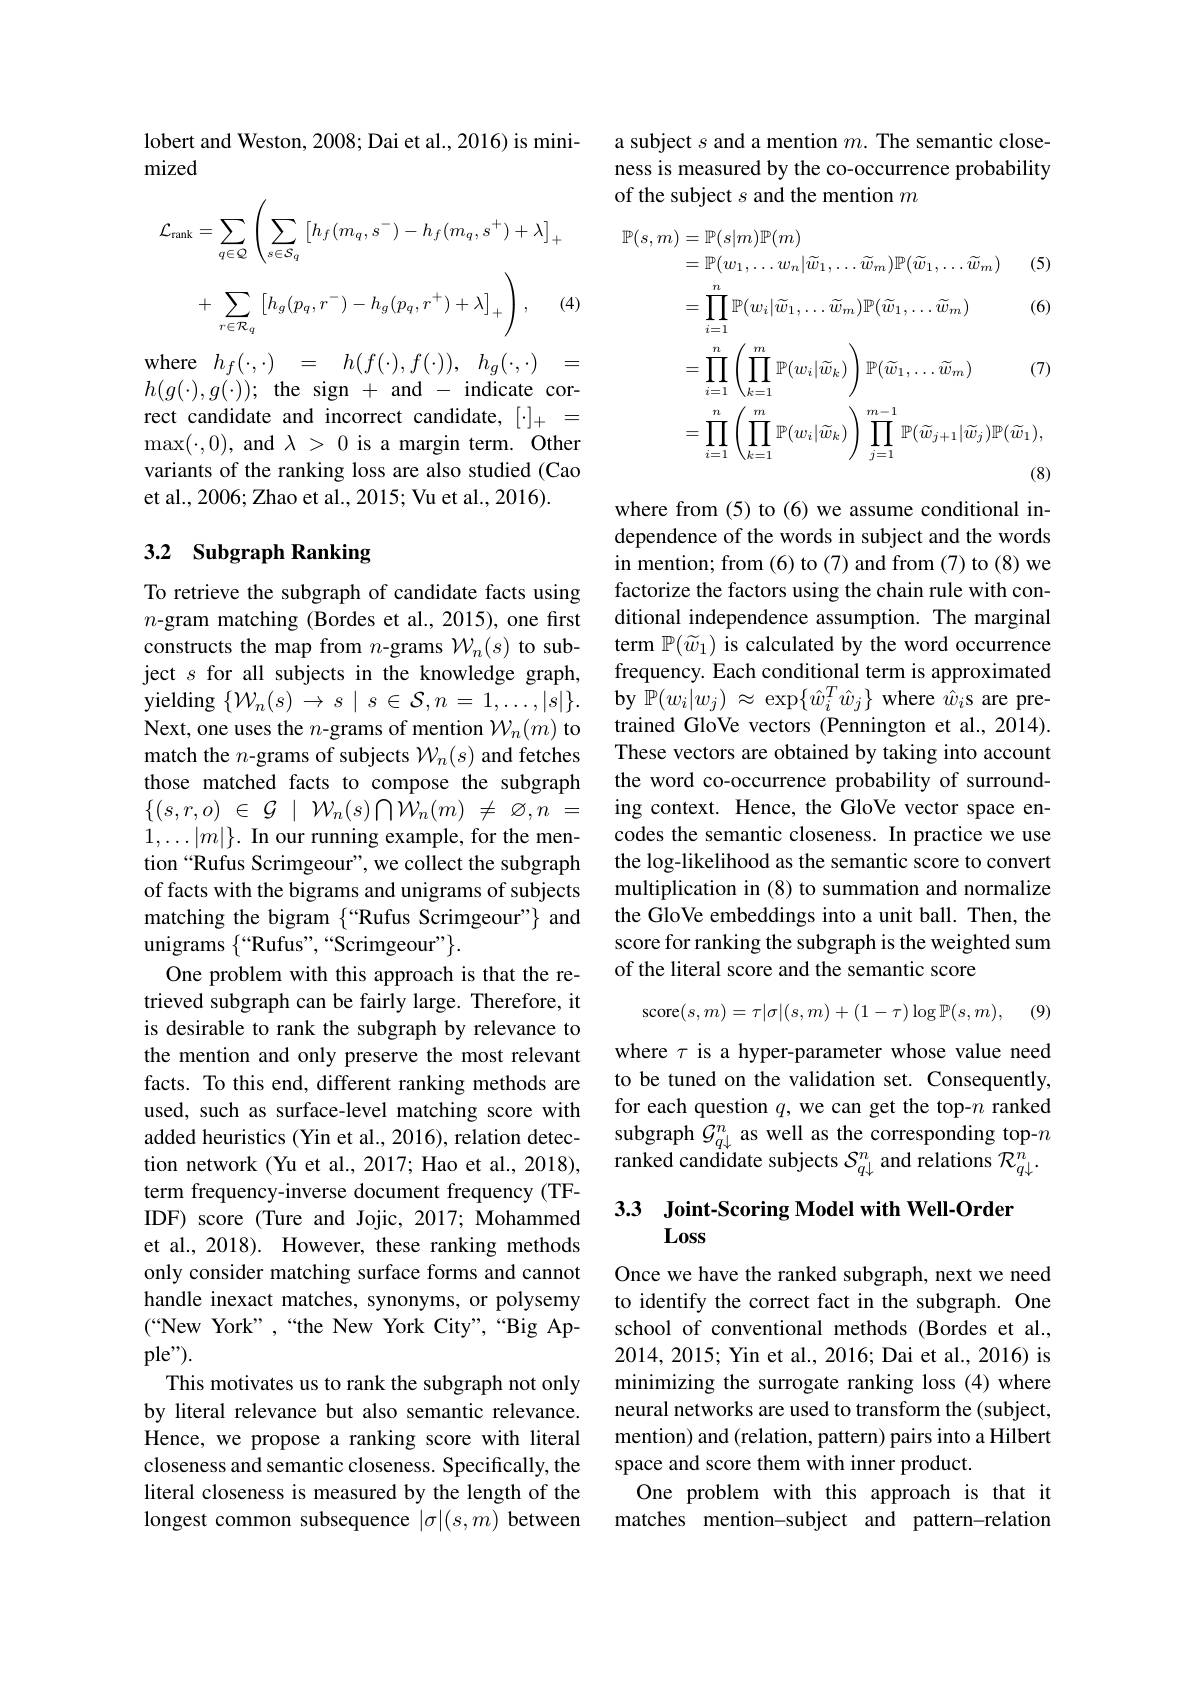
lobert and Weston, 2008; Dai et al., 2016) is mini-
mized
$$\mathcal{L}_{\mathrm{rank}}=\sum_{q\in\mathcal{Q}}\left(\sum_{s\in\mathcal{S}_{q}}\left[h_{f}(m_{q},s^{-})-h_{f}(m_{q},s^{+})+\lambda\right]_{+}\right.$$
$$+\sum\limits_{r\in\mathcal{R}_q}\left[h_g(p_q,r^-)-h_g(p_q,r^+)+\lambda\right]_+\Bigg),$$
$\begin{array}{lcl}\mathrm{where}&h_{f}(\cdot,\cdot)&=&h(f(\cdot),f(\cdot)),&h_{g}(\cdot,\cdot)&=\\h(g(\cdot),g(\cdot));&\mathrm{the}&\mathrm{sign}+&\mathrm{and}-&\mathrm{indicate}&\mathrm{cor-}\end{array}$ rect candidate and incorrect candidate, $[\cdot]_+=$ $\operatorname*{max}(\cdot,0)$, and $\lambda>0$ is a margin term. Other variants of the ranking loss are also studied (Cao et al., 2006; Zhao et al., 2015; Vu et al., 2016).

## 3.2 Subgraph Ranking

To retrieve the subgraph of candidate facts using $n$-gram matching (Bordes et al.,2015), one first constructs the map from $n$-grams $\mathcal{W}_n(s)$ to subject $s$ for all subjects in the knowledge graph, yielding $\{\mathcal{W}_n(s)\to s\mid s\in\mathcal{S},n=1,\ldots,|s|\}.$ Next, one uses the $n$-grams of mention $\mathcal{W}_n(m)$ to match the $n$-grams of subjects $\mathcal{W}_n(s)$ and fetches those matched facts to compose the subgraph $\{ ( s, r, o)$ $\in$ $\mathcal{G}$ $\mid$ $\mathcal{W} _{n}( s) \bigcap \mathcal{W} _{n}( m)$ $\neq$ $\varnothing , n$ = $1,\ldots|m|\}.$ In our running example, for the mention“Rufus Scrimgeour”, we collect the subgraph of facts with the bigrams and unigrams of subjects matching the bigram $\{“$Rufus Scrimgeour"}and unigrams $\{“$Rufus",“Scrimgeour"$\}.$
One problem with this approach is that the retrieved subgraph can be fairly large. Therefore, it is desirable to rank the subgraph by relevance to the mention and only preserve the most relevant facts. To this end, different ranking methods are used, such as surface-level matching score with added heuristics (Yin et al., 2016), relation detec- subgraph $G_q\downarrow^n$ as well as the corresponding top-$n$tion network (Yu et al., 2017; Hao et al., 2018), ranked candidate subjects $S_{q\downarrow}^n$ and relations $\mathcal{R}_{q\downarrow}^n.$
term frequency-inverse document frequency (TFIDF) score (Ture and Jojic, 2017; Mohammed et al., 2018). However, these ranking methods only consider matching surface forms and cannot handle inexact matches, synonyms, or polysemy (“New York”,“the New York City",“Big Ap- $ple").$
This motivates us to rank the subgraph not only by literal relevance but also semantic relevance. Hence, we propose a ranking score with literal closeness and semantic closeness. Specifically, the literal closeness is measured by the length of the longest common subsequence $|\sigma|(s,m)$ between

a subject $s$ and a mention $m.$ The semantic closeness is measured by the co-occurrence probability of the subject $s$ and the mention $m$
$$\begin{aligned}\mathbb{P}(s,m)&=\mathbb{P}(s|m)\mathbb{P}(m)\\&=\mathbb{P}(w_1,\ldots,w_n|\widetilde{w}_1,\ldots\widetilde{w}_m)\mathbb{P}(\widetilde{w}_1,\ldots\widetilde{w}_m)&\text{(5)}\\&=\prod_{i=1}^n\mathbb{P}(w_i|\widetilde{w}_1,\ldots\widetilde{w}_m)\mathbb{P}(\widetilde{w}_1,\ldots\widetilde{w}_m)&\text{(6)}\\&=\prod_{i=1}^n\left(\prod_{k=1}^m\mathbb{P}(w_i|\widetilde{w}_k)\right)\mathbb{P}(\widetilde{w}_1,\ldots\widetilde{w}_m)&\text{(7)}\\&=\prod_{i=1}^n\left(\prod_{k=1}^m\mathbb{P}(w_i|\widetilde{w}_k)\right)\prod_{j=1}^{m-1}\mathbb{P}(\widetilde{w}_{j+1}|\widetilde{w}_j)\mathbb{P}(\widetilde{w}_1),\\&\text{(8)}\end{aligned}$$
where from (5) to (6) we assume conditional independence of the words in subject and the words in mention; from (6) to (7) and from (7) to (8) we factorize the factors using the chain rule with conditional independence assumption. The marginal term $\mathbb{P}(\widetilde{w}_{1})$ is calculated by the word occurrence frequency. Each conditional term is approximated by $\mathbb{P}(w_i|w_j)\approx\exp\{\hat{w}_i^T\hat{w}_j\}$ where $\hat{w}_i$s are pretrained GloVe vectors (Pennington et al., 2014). These vectors are obtained by taking into account the word co-occurrence probability of surrounding context. Hence, the GloVe vector space encodes the semantic closeness. In practice we use the log-likelihood as the semantic score to convert multiplication in (8) to summation and normalize the GloVe embeddings into a unit ball. Then, the score for ranking the subgraph is the weighted sum of the literal score and the semantic score
$$\text{score}(s,m)=\tau|\sigma|(s,m)+(1-\tau)\log\mathbb{P}(s,m),$$
(9)

where $\tau$ is a hyper-parameter whose value need to be tuned on the validation set. Consequently, for each question $q$, we can get the top-$n$ ranked

3.3 Joint-Scoring Model with Well-Order
Loss

Once we have the ranked subgraph, next we need to identify the correct fact in the subgraph. One school of conventional methods (Bordes et al., 2014,2015; Yin et al., 2016; Dai et al., 2016) is minimizing the surrogate ranking loss (4) where neural networks are used to transform the (subject, mention) and (relation, pattern) pairs into a Hilbert space and score them with inner product.
One problem with this approach is that it matches mention-subject and pattern-relation